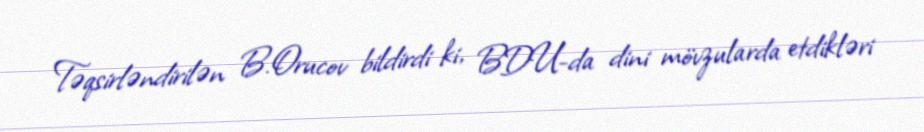
Təqsirləndirilən B.Orucov bildirdi ki, BDU-da dini mövzularda etdikləri